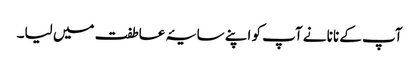
آپ کے نانا نے آپ کو اپنے سایۂ عاطفت میں لیا۔